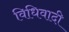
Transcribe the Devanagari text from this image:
विधिवादी